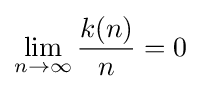
\lim _{n\to \infty }{\frac {k(n)}{n}}=0